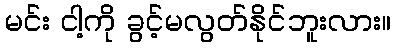
မင်း ငါ့ကို ခွင့်မလွတ်နိုင်ဘူးလား။